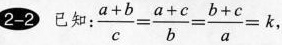
2-2 已知： $$\frac{a+b}{c}= \frac{a+c}{b}= \frac{b+c}{a}=k$$，